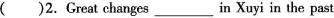
()2. Great changes ___ in Xuyi in the past